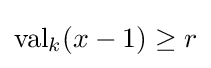
{\text{val}}_{k}(x-1)\geq r